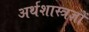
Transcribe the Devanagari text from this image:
अर्थशास्त्रज्ञों